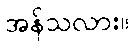
အန်သလား။